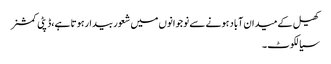
کھیل کے میدان آباد ہونے سے نوجوانوں میں شعور بیدارہوتا ہے،ڈپٹی کمشنر
سیالکوٹ ۔